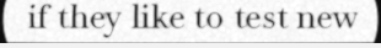
if they like to test new